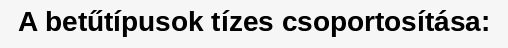
A betűtípusok tízes csoportosítása: